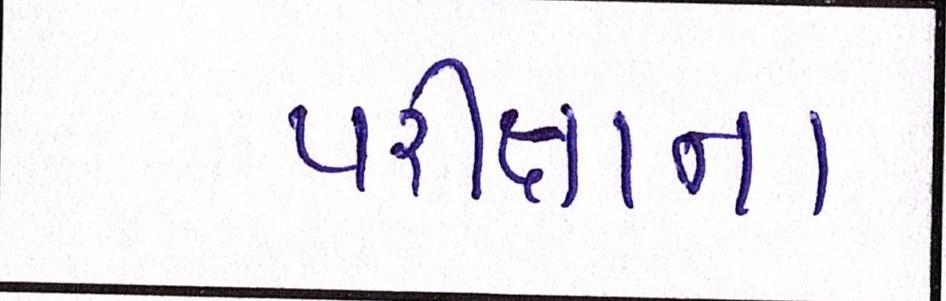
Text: પરીક્ષાના